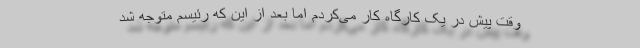
وقت پیش در یک کارگاه کار می‌کردم اما بعد از این که رئیسم متوجه شد